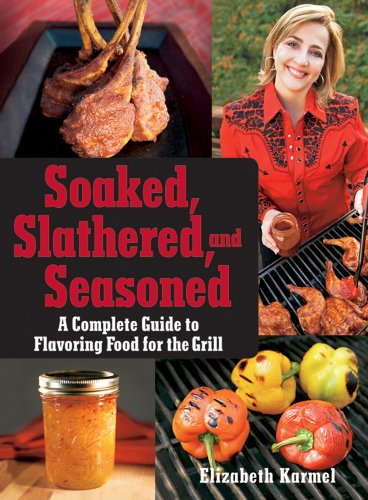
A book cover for Soaked, Slathered, and Seasoned: A Complete Guideto Flavoring Food for the Grill; Elizabeth Karmel; Cookbooks, Food & Wine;